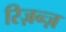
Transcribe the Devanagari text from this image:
रिज़न्ज़